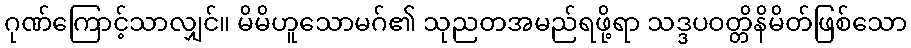
ဂုဏ်ကြောင့်သာလျှင်။ မိမိဟူသောမဂ်၏ သုညတအမည်ရဖို့ရာ သဒ္ဒပဝတ္တိနိမိတ်ဖြစ်သော